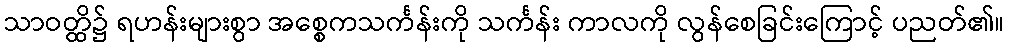
သာဝတ္ထိ၌ ရဟန်းများစွာ အစ္စေကသင်္ကန်းကို သင်္ကန်း ကာလကို လွန်စေခြင်းကြောင့် ပညတ်၏။